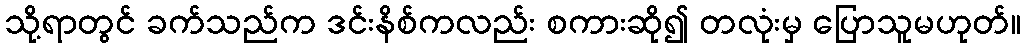
သို့ရာတွင် ခက်သည်က ဒင်းနိစ်ကလည်း စကားဆို၍ တလုံးမှ ပြောသူမဟုတ်။